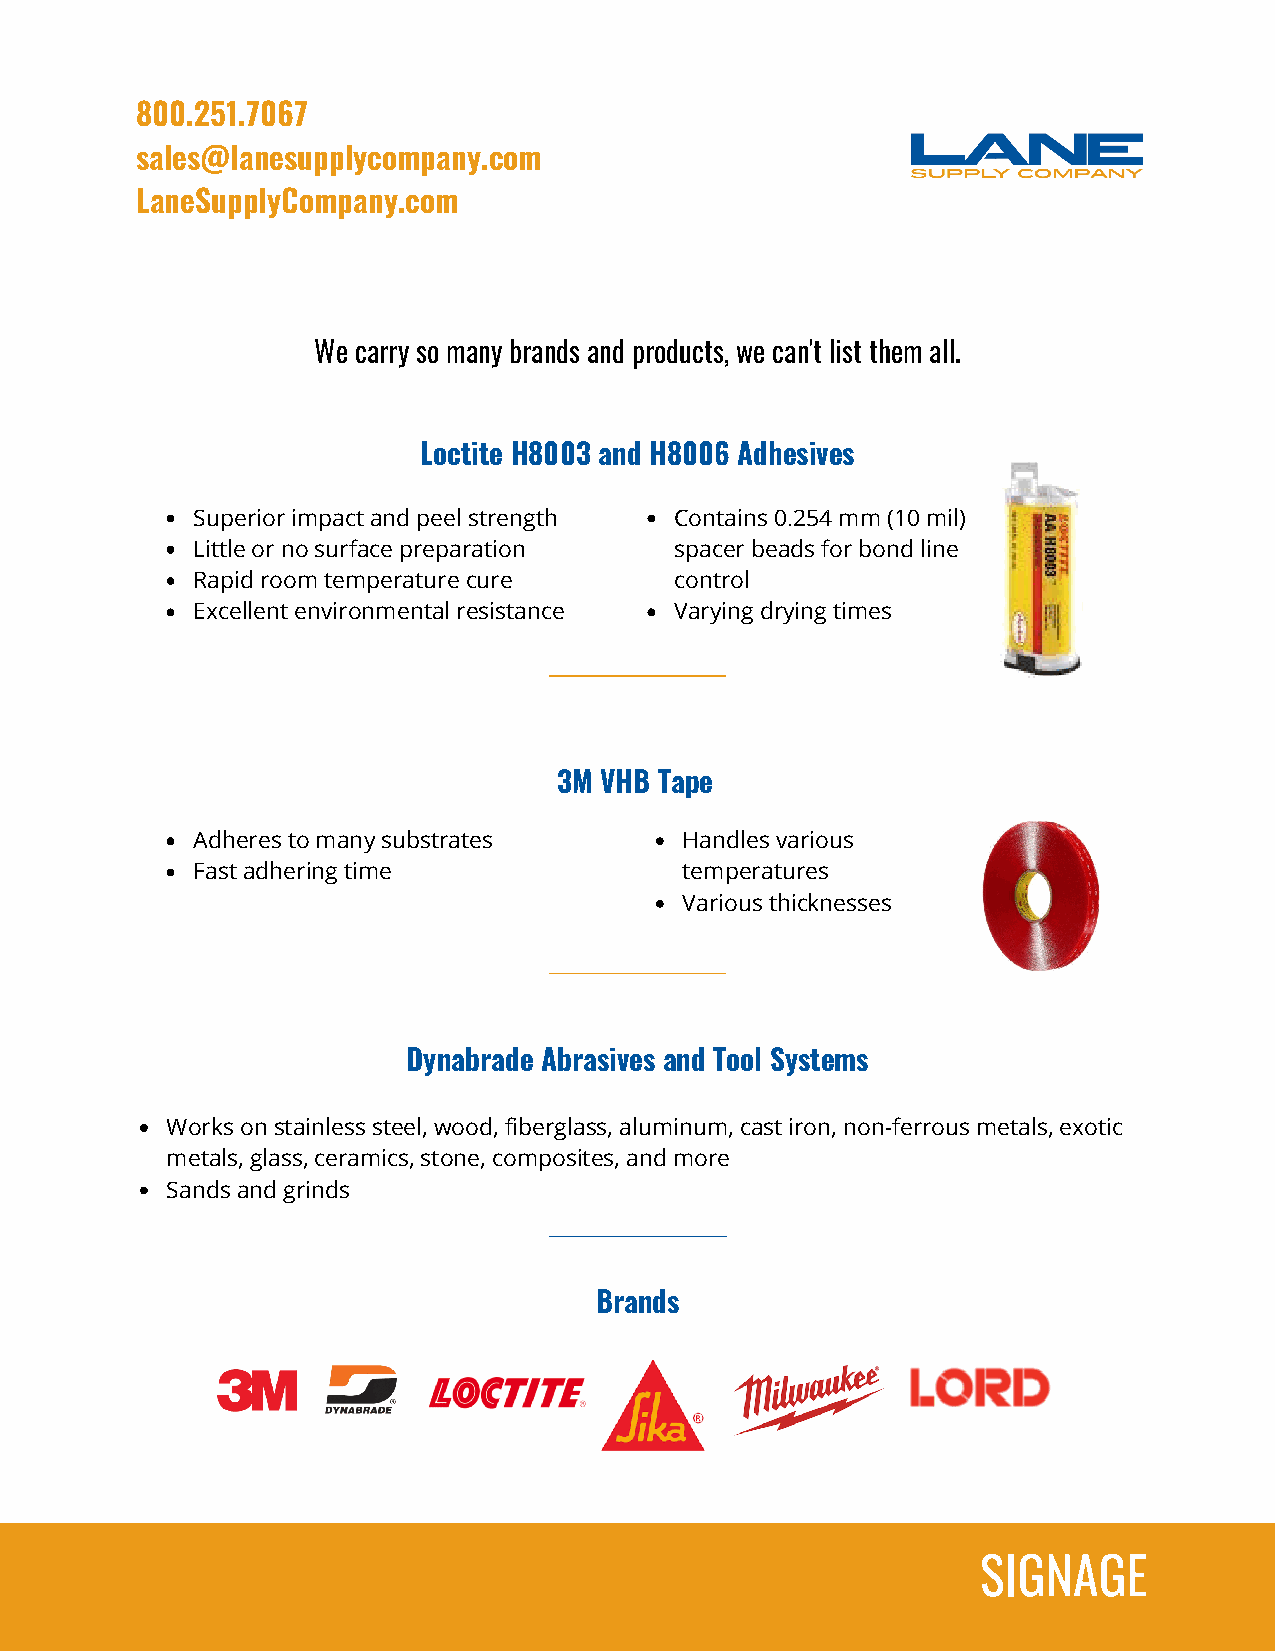
800.251.7067
 sales@lanesupplycompany.com
 LaneSupplyCompany.com
 We carry so many brands and products, we can't list them all.
 Loctite H8003 and H8006 Adhesives
 Superior impact and peel strength Contains 0.254 mm (10 mil)
 Little or no surface preparation spacer beads for bond line
 Rapid room temperature cure     control
 Excellent environmental resistance Varying drying times
 3M VHB Tape
 Adheres to many substrates      Handles various
 Fast adhering time              temperatures
 Various thicknesses
 Dynabrade Abrasives and Tool Systems
 Works on stainless steel, wood, fiberglass, aluminum, cast iron, non-ferrous metals, exotic
 metals, glass, ceramics, stone, composites, and more
 Sands and grinds
 Brands
 SIGNAGE